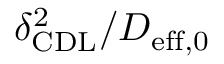
\delta _ { \mathrm { { C D L } } } ^ { 2 } / D _ { \mathrm { { e f f } , 0 } }